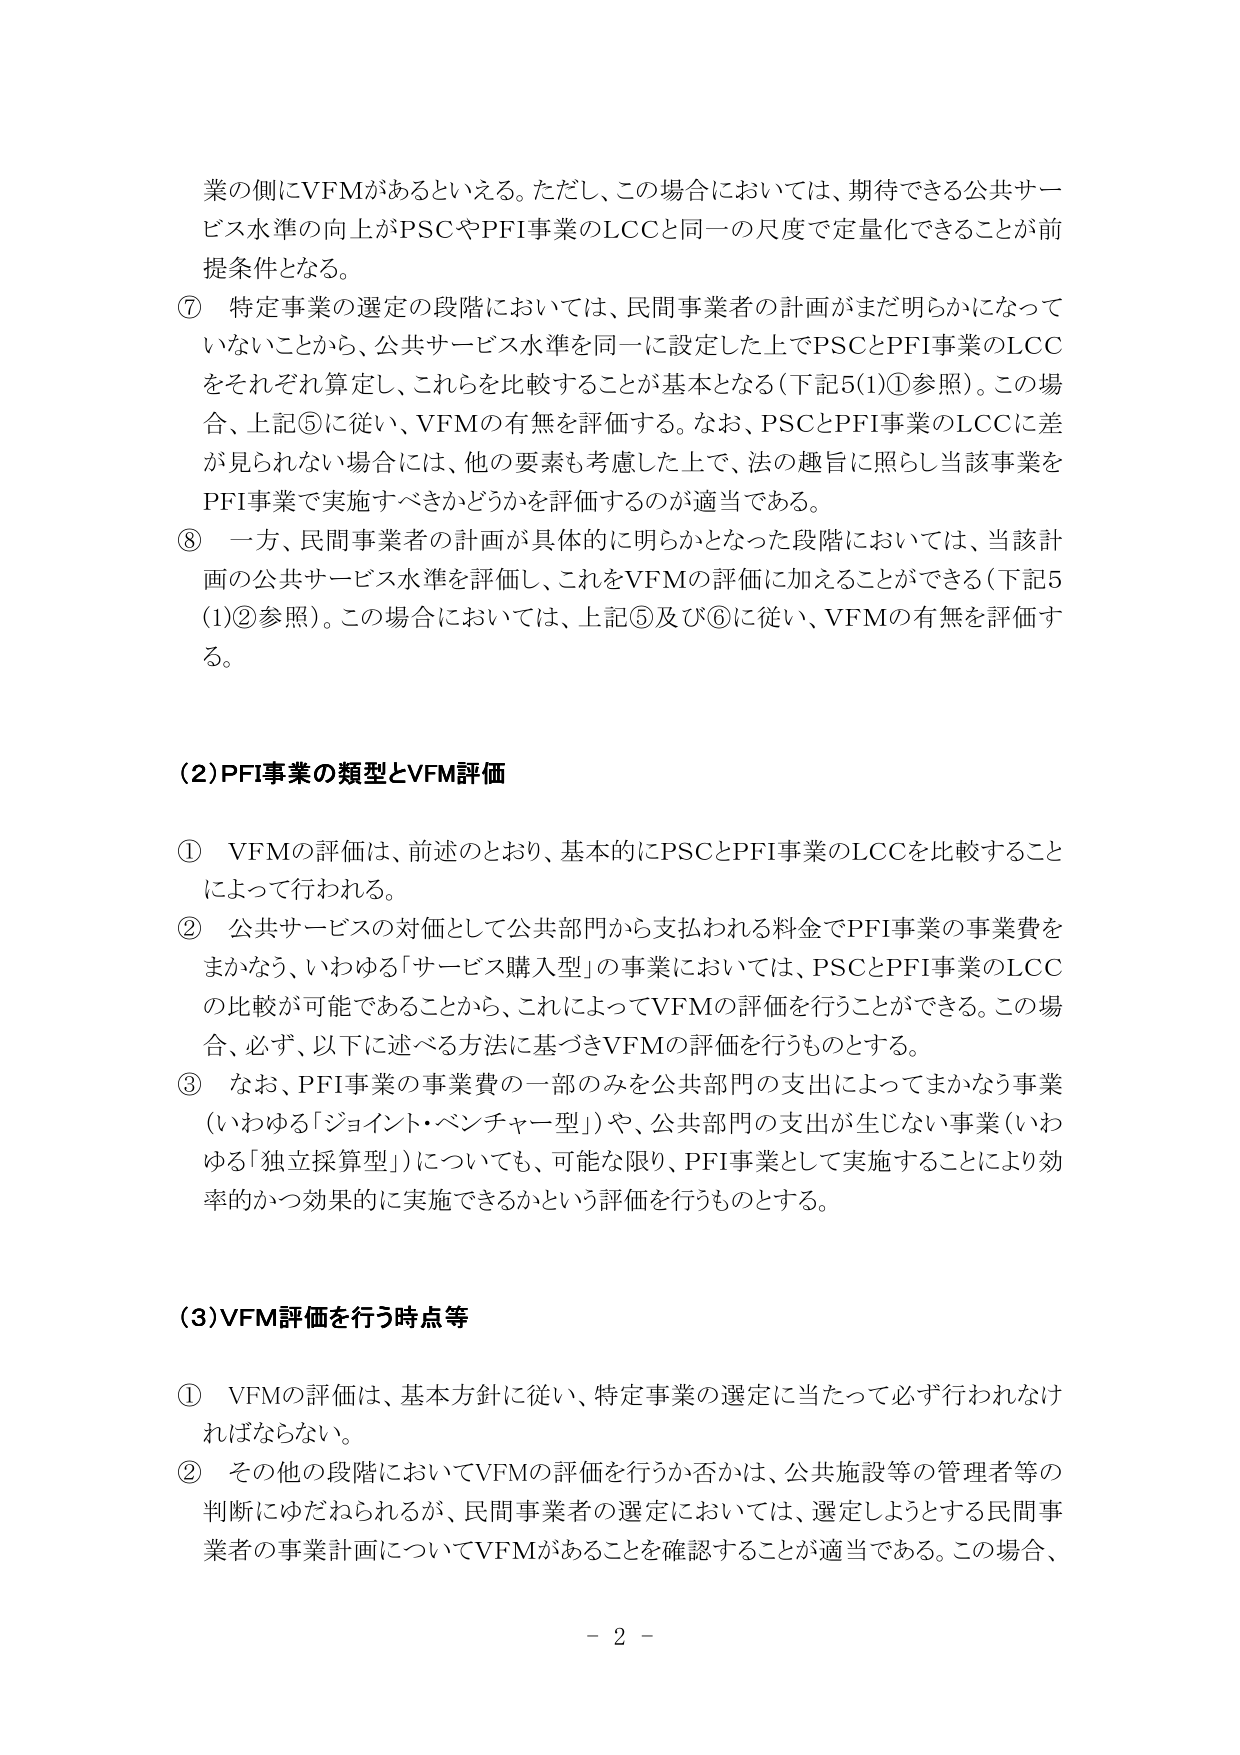
業の側にVFMがあるといえる。ただし、この場合においては、期待できる公共サービス水準の向上がPSCやPFI事業のLCCと同一の尺度で定量化できることが前提条件となる。

⑦ 特定事業の選定の段階においては、民間事業者の計画がまだ明らかになっていないことから、公共サービス水準を同一に設定した上でPSCとPFI事業のLCCをそれぞれ算定し、これらを比較することが基本となる（下記5(1)①参照）。この場合、上記⑤に従い、VFMの有無を評価する。なお、PSCとPFI事業のLCCに差が見られない場合には、他の要素も考慮した上で、法の趣旨に照らし当該事業をPFI事業で実施すべきかどうかを評価するのが適当である。

⑧ 一方、民間事業者の計画が具体的に明らかとなった段階においては、当該計画の公共サービス水準を評価し、これをVFMの評価に加えることができる（下記5(1)②参照）。この場合においては、上記⑤及び⑥に従い、VFMの有無を評価する。

（2）PFI事業の類型とVFM評価

① VFMの評価は、前述のとおり、基本的にPSCとPFI事業のLCCを比較することによって行われる。

② 公共サービスの対価として公共部門から支払われる料金でPFI事業の事業費をまかなう、いわゆる「サービス購入型」の事業においては、PSCとPFI事業のLCCの比較が可能であることから、これによってVFMの評価を行うことができる。この場合、必ず、以下に述べる方法に基づきVFMの評価を行うものとする。

③ なお、PFI事業の事業費の一部のみを公共部門の支出によってまかなう事業（いわゆる「ジョイント・ベンチャー型」）や、公共部門の支出が生じない事業（いわゆる「独立採算型」）についても、可能な限り、PFI事業として実施することにより効率的かつ効果的に実施できるかという評価を行うものとする。

（3）VFM評価を行う時点等

① VFMの評価は、基本方針に従い、特定事業の選定に当たって必ず行われなければならない。

② その他の段階においてVFMの評価を行うか否かは、公共施設等の管理者等の判断にゆだねられるが、民間事業者の選定においては、選定しようとする民間事業者の事業計画についてVFMがあることを確認することが適当である。この場合、

－ 2 －